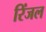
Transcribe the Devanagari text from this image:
रिंजल